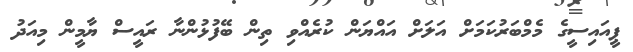
ޕީއައިސީގެ މެމްބަރުކަމަށް އަލަށް އައްޔަން ކުރެއްވި ތިން ބޭފުޅުންނާ ރައީސް ޔާމީން މިއަދު